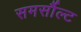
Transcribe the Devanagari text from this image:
समर्सौल्ट